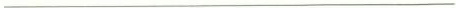
___